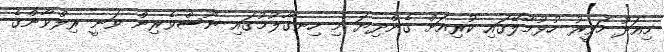
މިއަދު ހަވީރު ހުޅުމާލޭގައި ކުރިއަށް ގެންދިޔަ މި ހިނގާލުމުގައި ނޫސްވެރިން ވަނީ ރިލްވާންގެ